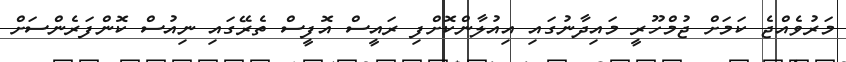
މަރުވެއްޖެ ކަމަށް ޖުމްހޫރީ މައިދާނުގައި އިއުލާންކޮށްފި ރައީސް އޮފީސް ތެރޭގައި ނިއުސް ކޮންފަރެންސަށް